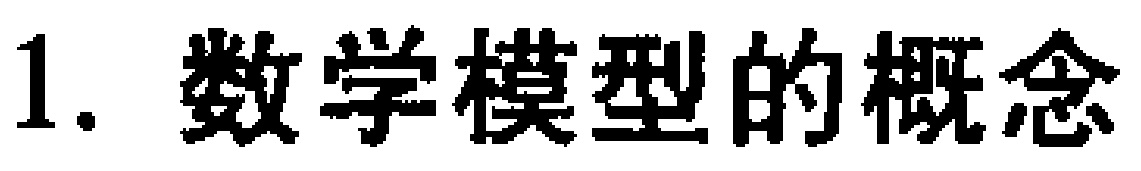
1. 数学模型的概念